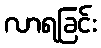
လာရခြင်း